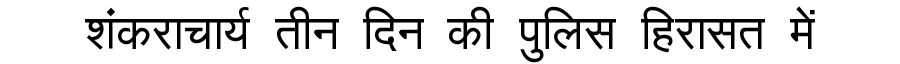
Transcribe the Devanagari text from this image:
शंकराचार्य तीन दिन की पुलिस हिरासत में